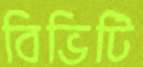
বিভিটি